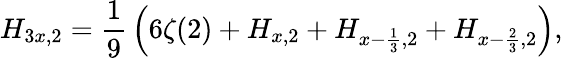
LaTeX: H_{3x,2}={\frac{1}{9}}\left(6\zeta(2)+H_{x,2}+H_{x-{\frac{1}{3}},2}+H_{x-{\frac{2}{3}},2}\right),